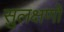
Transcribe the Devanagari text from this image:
सुलक्षणों